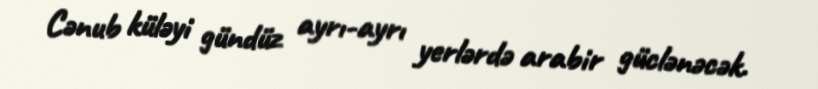
Cənub küləyi gündüz ayrı-ayrı yerlərdə arabir güclənəcək.